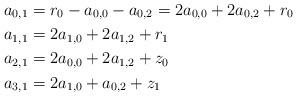
LaTeX: \begin{align*}a_{0,1} &= r_0-a_{0,0}-a_{0,2}=2a_{0,0}+ 2a_{0,2} + r_{0} \\a_{1,1} &= 2a_{1,0}+2a_{1,2} + r_{1}\\a_{2,1} &= 2a_{0,0}+2a_{1,2} + z_{0}\\a_{3,1} &= 2a_{1,0}+a_{0,2} + z_{1}\end{align*}